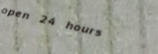
open 24 hours